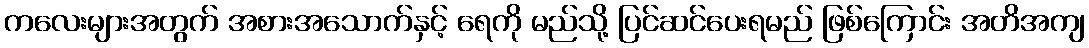
ကလေးများအတွက် အစားအသောက်နှင့် ရေကို မည်သို့ ပြင်ဆင်ပေးရမည် ဖြစ်ကြောင်း အတိအကျ